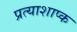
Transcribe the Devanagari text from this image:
प्रत्याशाप्क